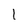
Character: 1